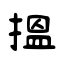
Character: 揾